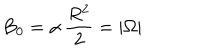
B _ { 0 } = \alpha \, \frac { R ^ { 2 } } { 2 } = | \Omega |